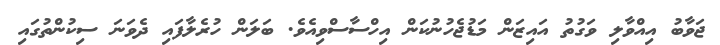
ޖަވާބު އިއްވާލި ވަގުތު އައިޒަން މަޑުޖެހުނުކަން އިހްސާސްވިއެވެ. ބަލަން ހުރެލާފައި ދެވަނަ ސިކުންތުގައި